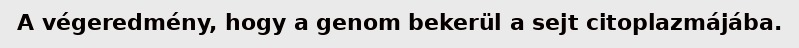
A végeredmény, hogy a genom bekerül a sejt citoplazmájába.